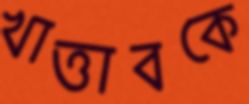
খাত্তাবকে